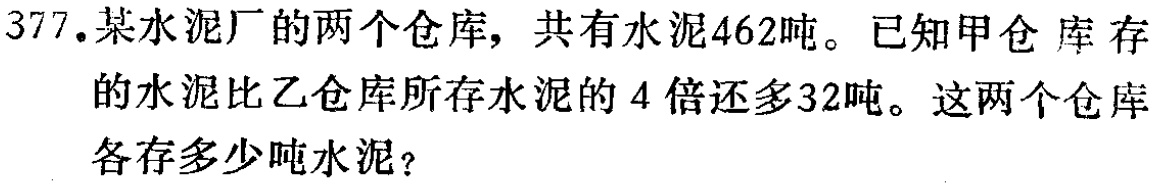
377.某水泥厂的两个仓库，共有水泥462吨。已知甲仓 库存的水泥比乙仓库所存水泥的 4 倍还多32吨。这两个仓库各存多少吨水泥？